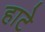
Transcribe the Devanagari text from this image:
हाटे